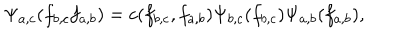
\Psi _ { a , c } ( f _ { b , c } f _ { a , b } ) = c ( f _ { b , c } , f _ { a , b } ) \Psi _ { b , c } ( f _ { b , c } ) \Psi _ { a , b } ( f _ { a , b } ) ,